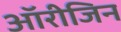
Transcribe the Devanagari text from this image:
ऑरीजिन